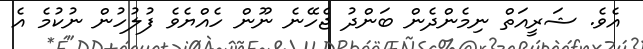
އެވެ. ޝަރީއަތް ނިމެންދެން ބަންދު ޖެހޭނެ ނޫން ހެއްޔެވެ ފުލުހުން ނުކުމެ އެ